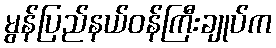
မွန်ပြည်နယ်ဝန်ကြီးချုပ်က